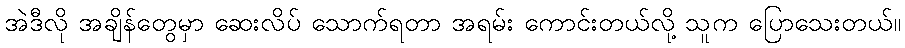
အဲဒီလို အချိန်တွေမှာ ဆေးလိပ် သောက်ရတာ အရမ်း ကောင်းတယ်လို့ သူက ပြောသေးတယ်။